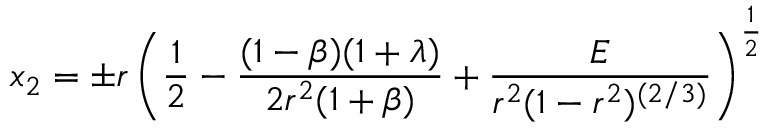
\displaystyle x _ { 2 } = \pm r \left( \frac { 1 } { 2 } - \frac { ( 1 - \beta ) ( 1 + \lambda ) } { 2 r ^ { 2 } ( 1 + \beta ) } + \frac { E } { r ^ { 2 } ( 1 - r ^ { 2 } ) ^ { ( 2 / 3 ) } } \right) ^ { \frac { 1 } { 2 } }